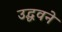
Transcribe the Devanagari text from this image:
उद्धवने